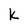
Character: k